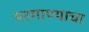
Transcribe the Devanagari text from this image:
परगाण्याचा